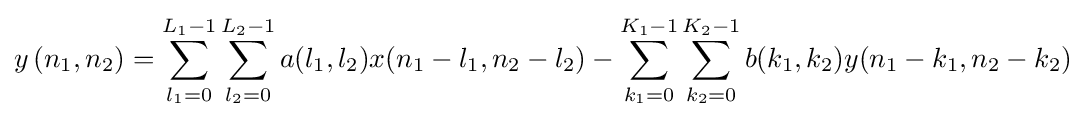
y\left(n_{1},n_{2}\right)=\sum _{l_{1}=0}^{L_{1}-1}\sum _{l_{2}=0}^{L_{2}-1}a(l_{1},l_{2})x(n_{1}-l_{1},n_{2}-l_{2})-\sum _{k_{1}=0}^{K_{1}-1}\sum _{k_{2}=0}^{K_{2}-1}b(k_{1},k_{2})y(n_{1}-k_{1},n_{2}-k_{2})